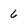
Character: 6